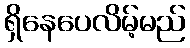
ရှိနေပေလိမ့်မည်